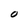
Character: O